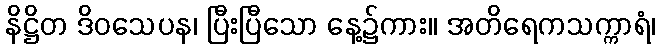
နိဋ္ဌိတ ဒိဝသေပန၊ ပြီးပြီသော နေ့၌ကား။ အတိရေကသက္ကာရံ၊